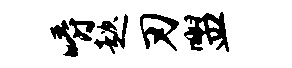
嚼趑刃盥